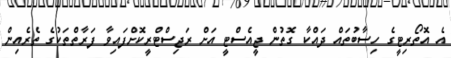
އެ އޮތޯރިޓީގެ ހިސާބުތައް ދައްކާ ގޮތުން ޖީއެސްޓީ އަށް ރަޖިސްޓްރީކޮށްފައިވާ ފަރާތްތަކުގެ ތެރެއިން